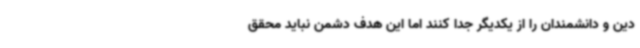
دین و دانشمندان را از یکدیگر جدا کنند اما این هدف دشمن نباید محقق